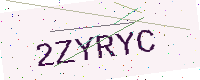
Text: 2ZYRYC